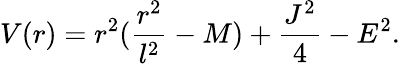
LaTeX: V(r)=r^{2}(\frac{r^{2}}{l^{2}}-M)+\frac{J^{2}}{4}-E^{2}.